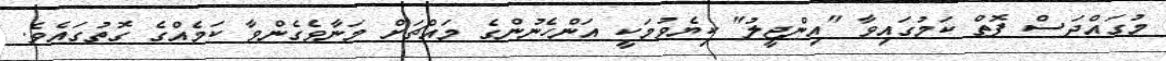
މުގައްދަސް ފޮތް ކަމުގައިވާ "އިންޖީލު" ކިޔެވުމަކީ އަންހެނުންގެ މައްޗަށް މަނާވެގެންވާ ކަމެއްގެ ގޮތުގައެވެ.